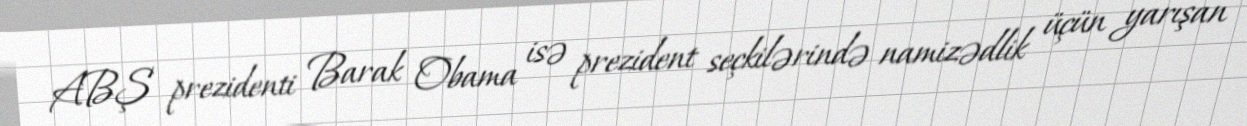
ABŞ prezidenti Barak Obama isə prezident seçkilərində namizədlik üçün yarışan